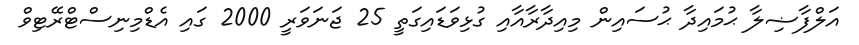
އަލްފާޟިލާ ޙުމައިދާ ޙުސައިން މިއިދާރާއާއި ގުޅިވަޑައިގަތީ 25 ޖަނަވަރީ 2000 ގައި އެޑްމިނިސްޓްރޭޓިވް